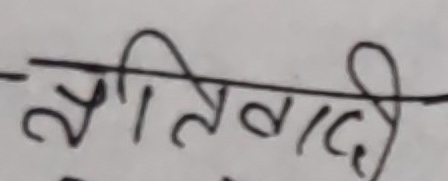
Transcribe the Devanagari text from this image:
प्रगतिवादी